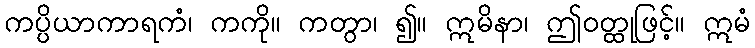
ကပ္ပိယာကာရကံ၊ ကကို။ ကတွာ၊ ၍။ ဣမိနာ၊ ဤဝတ္ထုဖြင့်။ ဣမံ